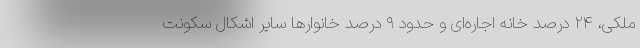
ملکی، ۲۴ درصد خانه اجاره‌ای و حدود ۹ درصد خانوارها سایر اشکال سکونت